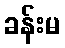
ခန်းမ